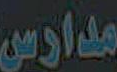
مدارس